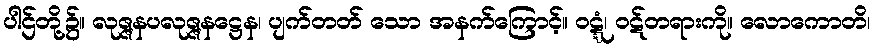
ပါဌ်တို့၌။ လုဇ္ဇနပလုဇ္ဇနဋ္ဌေန၊ ပျက်တတ် သော အနက်ကြောင့်။ ဝဋ္ဋံ၊ ဝဋ်တရားကို။ လောကောတိ၊